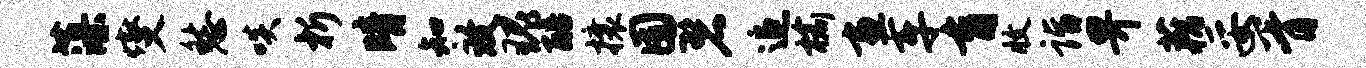
藻燮愁啖析晴知致瑰醅攘囿碧追榆画车育收诣畀藕妥胥